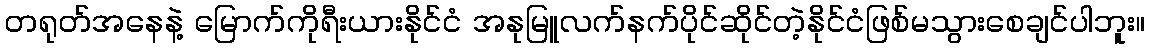
တရုတ်အနေနဲ့ မြောက်ကိုရီးယားနိုင်ငံ အနုမြူလက်နက်ပိုင်ဆိုင်တဲ့နိုင်ငံဖြစ်မသွားစေချင်ပါဘူး။